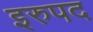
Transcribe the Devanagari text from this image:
इरुपद